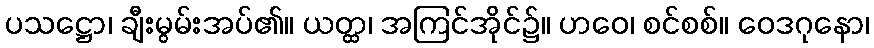
ပသဋ္ဌော၊ ချီးမွမ်းအပ်၏။ ယတ္ထ၊ အကြင်အိုင်၌။ ဟဝေ၊ စင်စစ်။ ဝေဒဂုနော၊